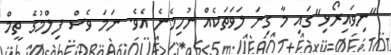
"ނިވައިރޯޅި"ގައި މާ ގިނަ ލަވަތަކެއް ނުހިމެނެ އެވެ. ނަމަ ވެސް ފިލްމުގެ ތީމް